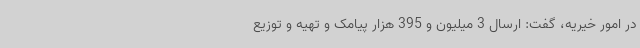
در امور خیریه، گفت: ارسال 3 میلیون و 395 هزار پیامک و تهیه و توزیع